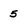
Character: 5